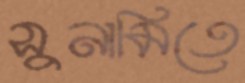
সুনামিতে